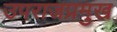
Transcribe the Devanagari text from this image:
उपराजप्रमुख